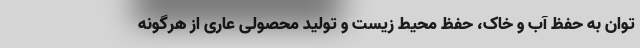
توان به حفظ آب و خاک، حفظ محیط زیست و تولید محصولی عاری از هرگونه